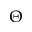
\Theta